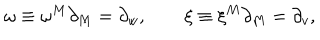
LaTeX: \omega \equiv \omega ^ { M } \partial _ { M } = \partial _ { w } , \qquad \xi \equiv \xi ^ { M } \partial _ { M } = \partial _ { v } ,